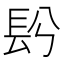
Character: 䦇